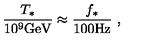
{ \frac { T _ { * } } { 1 0 ^ { 9 } \mathrm { G e V } } } \approx { \frac { f _ { * } } { 1 0 0 \mathrm { H z } } } \ ,